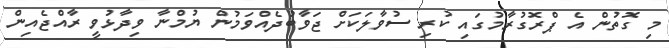
މި ގޮތުން އެ ޕްރޮގުރާމުގައި ކުރި ސުވާލަކަށް ޖަވާބުދެއްވަމުން ޔުމްނާ ވިދާޅުވީ ރާއްޖެއިން